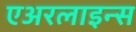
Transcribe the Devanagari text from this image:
एअरलाइन्‍स